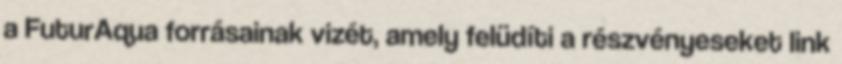
a FuturAqua forrásainak vizét, amely felüdíti a részvényeseket link